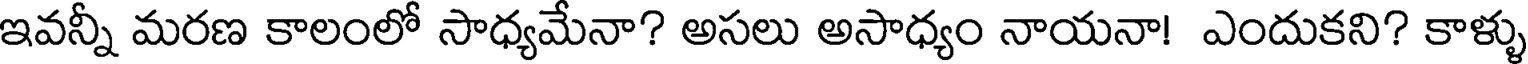
ఇవన్నీ మరణ కాలంలో సాధ్యమేనా? అసలు అసాధ్యం నాయనా! ఎందుకని? కాళ్ళు